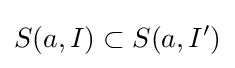
S(a,I)\subset S(a,I')